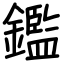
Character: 鑑